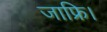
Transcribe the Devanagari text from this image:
जाफ्रि।